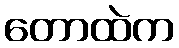
တောထဲက